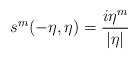
LaTeX: \begin{align*}s^m(-\eta,\eta) = \frac{i \eta^m}{|\eta|}\end{align*}